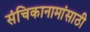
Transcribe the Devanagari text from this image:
संचिकानामांसाठी